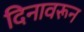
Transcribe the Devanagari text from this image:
दिनावरून